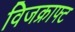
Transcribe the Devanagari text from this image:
विजक्राफ्ट